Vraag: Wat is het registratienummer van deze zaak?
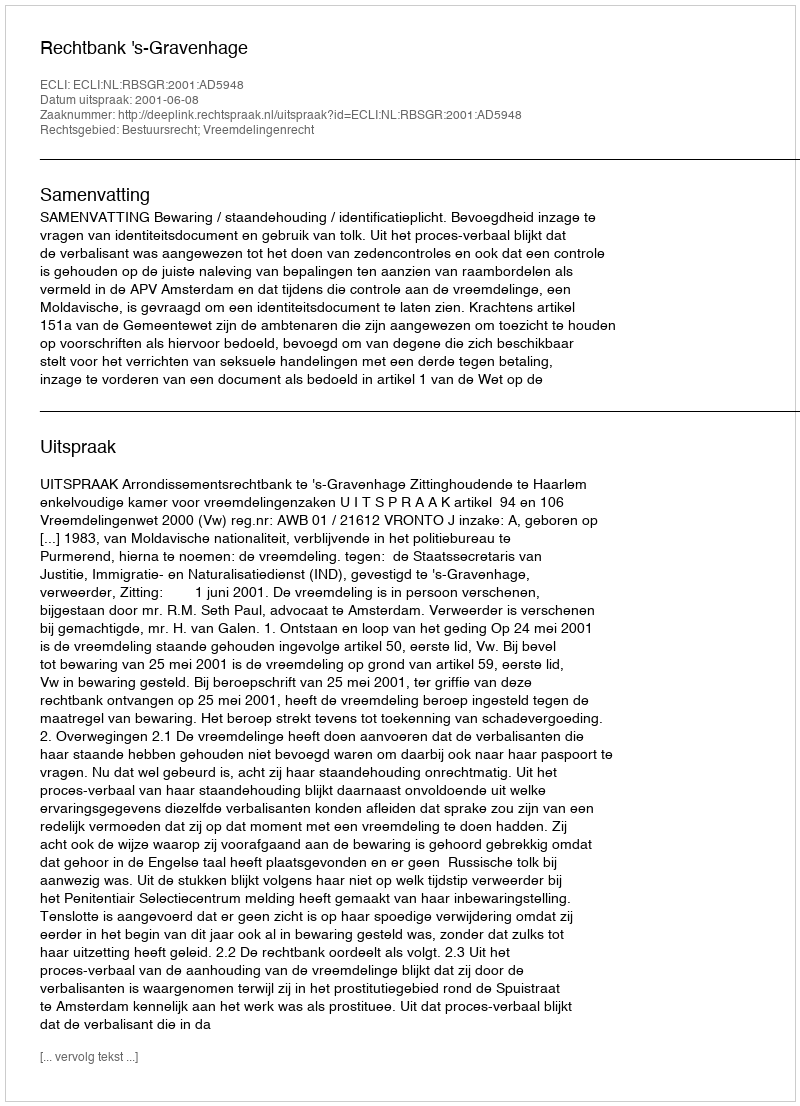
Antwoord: http://deeplink.rechtspraak.nl/uitspraak?id=ECLI:NL:RBSGR:2001:AD5948